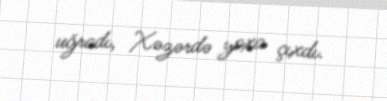
uğradı, Xəzərdə yoxa çıxdı.